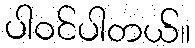
ပါဝင်ပါတယ်။